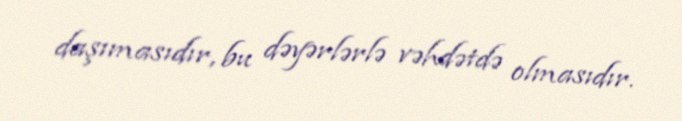
daşımasıdır, bu dəyərlərlə vəhdətdə olmasıdır.